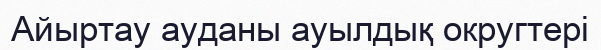
Айыртау ауданы ауылдық округтері